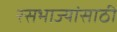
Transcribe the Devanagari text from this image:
रसभाज्यांसाठी